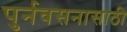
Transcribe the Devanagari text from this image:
पुर्नवसनासाठी